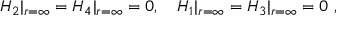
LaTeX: H _ { 2 } | _ { r = \infty } = H _ { 4 } | _ { r = \infty } = 0 , \ \ \ H _ { 1 } | _ { r = \infty } = H _ { 3 } | _ { r = \infty } = 0 \ ,